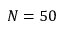
N = 5 0